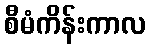
စီမံကိန်းကာလ